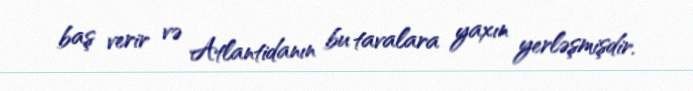
baş verir və Atlantidanın bu tavalara yaxın yerləşmişdir.